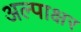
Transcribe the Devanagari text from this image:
अल्पाक्षर